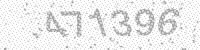
Solution: 471396